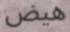
ھيض